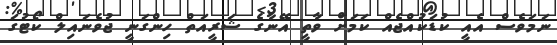
ނަމަވެސް އެއީ ކުޑަކުއްޖެއް ކަމަށް ވާތީ އޭނާގެ ޝަރީއަތް ހިންގަނީ ޖުވެނައިލް ކޯޓުގަ